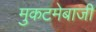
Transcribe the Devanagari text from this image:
मुकटमेबाजी